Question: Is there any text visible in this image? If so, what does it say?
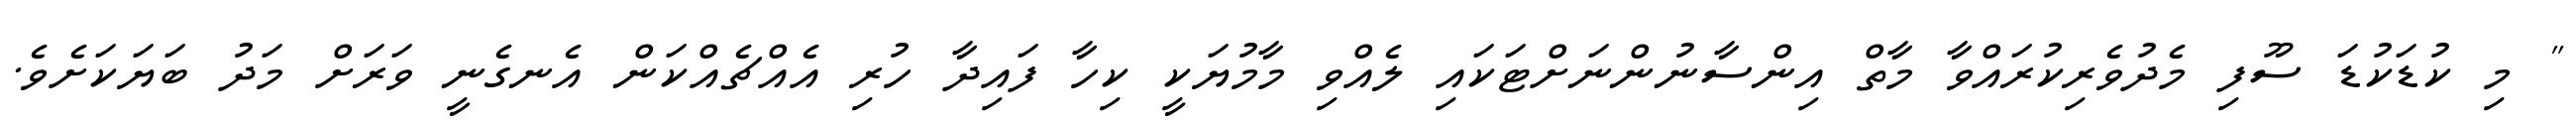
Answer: " މި ކުޑަކުޑަ ސޫފި މެދުވެރިކުރައްވާ މާތް އިންސާނުންނަށްޓަކައި ލެއްވި މާމުޔަކީ ކިހާ ފައިދާ ހުރި އެއްޗެއްކަން އެނގެނީ ވަރަށް މަދު ބަޔަކަށެވެ.